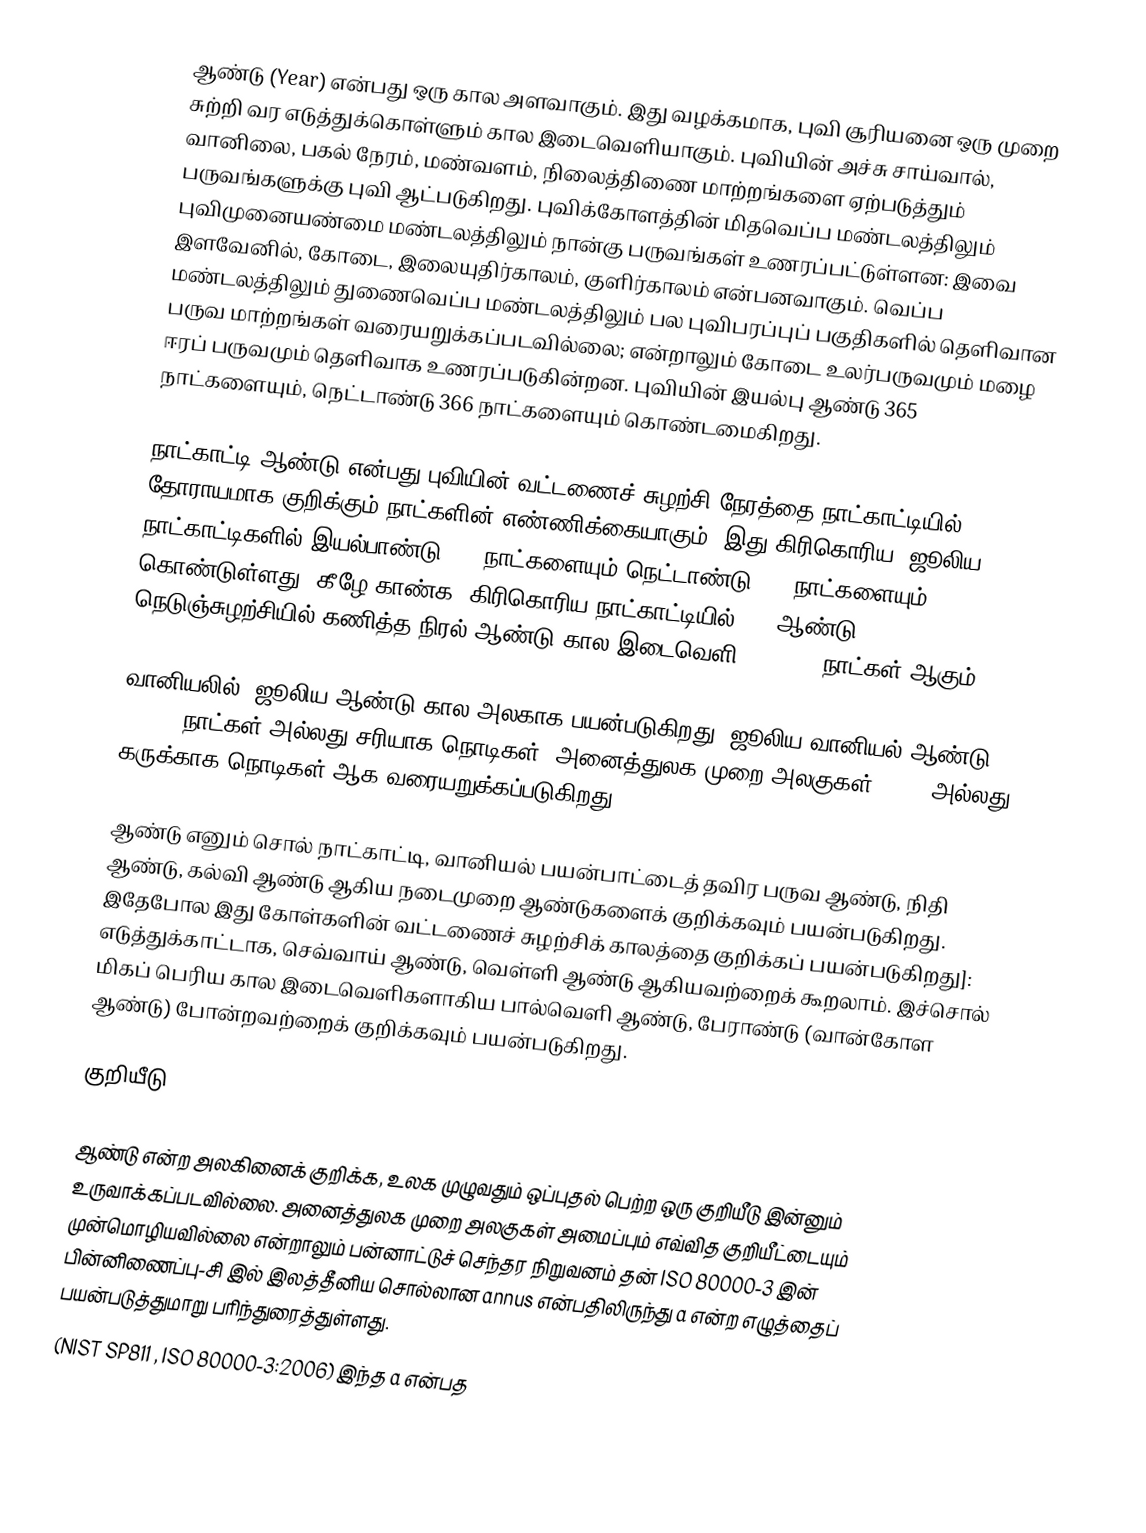
ஆண்டு (Year) என்பது ஒரு கால அளவாகும். இது வழக்கமாக, புவி சூரியனை ஒரு முறை சுற்றி வர எடுத்துக்கொள்ளும் கால இடைவெளியாகும். புவியின் அச்சு சாய்வால், வானிலை, பகல் நேரம், மண்வளம், நிலைத்திணை மாற்றங்களை ஏற்படுத்தும் பருவங்களுக்கு புவி ஆட்படுகிறது. புவிக்கோளத்தின் மிதவெப்ப மண்டலத்திலும் புவிமுனையண்மை மண்டலத்திலும் நான்கு பருவங்கள் உணரப்பட்டுள்ளன: இவை இளவேனில், கோடை, இலையுதிர்காலம், குளிர்காலம் என்பனவாகும். வெப்ப மண்டலத்திலும் துணைவெப்ப மண்டலத்திலும் பல புவிபரப்புப் பகுதிகளில் தெளிவான பருவ மாற்றங்கள் வரையறுக்கப்படவில்லை; என்றாலும் கோடை உலர்பருவமும் மழை ஈரப் பருவமும் தெளிவாக உணரப்படுகின்றன. புவியின் இயல்பு ஆண்டு 365 நாட்களையும், நெட்டாண்டு 366 நாட்களையும் கொண்டமைகிறது.

நாட்காட்டி ஆண்டு என்பது புவியின் வட்டணைச் சுழற்சி நேரத்தை நாட்காட்டியில் தோராயமாக குறிக்கும் நாட்களின் எண்ணிக்கையாகும். இது கிரிகொரிய, ஜூலிய நாட்காட்டிகளில் இயல்பாண்டு 365 நாட்களையும் நெட்டாண்டு 366 நாட்களையும் கொண்டுள்ளது: கீழே காண்க. கிரிகொரிய நாட்காட்டியில் 400 ஆண்டு நெடுஞ்சுழற்சியில் கணித்த நிரல் ஆண்டு கால இடைவெளி 365.2425 நாட்கள் ஆகும்.

வானியலில், ஜூலிய ஆண்டு  கால அலகாக பயன்படுகிறது; ஜூலிய வானியல் ஆண்டு, 365.25 நாட்கள் அல்லது  சரியாக  நொடிகள் (அனைத்துலக முறை அலகுகள் (SI)) அல்லது கருக்காக   நொடிகள் ஆக வரையறுக்கப்படுகிறது.

ஆண்டு எனும் சொல் நாட்காட்டி, வானியல் பயன்பாட்டைத் தவிர பருவ ஆண்டு, நிதி ஆண்டு, கல்வி ஆண்டு ஆகிய நடைமுறை ஆண்டுகளைக் குறிக்கவும் பயன்படுகிறது. இதேபோல இது கோள்களின் வட்டணைச் சுழற்சிக் காலத்தை குறிக்கப் பயன்படுகிறது]: எடுத்துக்காட்டாக, செவ்வாய் ஆண்டு, வெள்ளி ஆண்டு ஆகியவற்றைக் கூறலாம். இச்சொல் மிகப் பெரிய கால இடைவெளிகளாகிய பால்வெளி ஆண்டு, பேராண்டு (வான்கோள ஆண்டு) போன்றவற்றைக் குறிக்கவும் பயன்படுகிறது.

குறியீடு

ஆண்டு என்ற அலகினைக் குறிக்க, உலக முழுவதும் ஒப்புதல் பெற்ற ஒரு குறியீடு இன்னும் உருவாக்கப்படவில்லை. அனைத்துலக முறை அலகுகள் அமைப்பும் எவ்வித குறியீட்டையும் முன்மொழியவில்லை என்றாலும் பன்னாட்டுச் செந்தர நிறுவனம் தன் ISO 80000-3 இன் பின்னிணைப்பு-சி இல் இலத்தீனிய சொல்லான annus என்பதிலிருந்து a என்ற எழுத்தைப் பயன்படுத்துமாறு பரிந்துரைத்துள்ளது.
(NIST SP811 , ISO 80000-3:2006) இந்த a என்பத